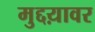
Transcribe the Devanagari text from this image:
मुद्दय़ावर